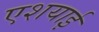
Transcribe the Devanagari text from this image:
एशयाई